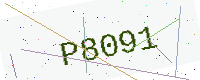
Text: P8091